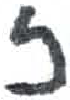
אות: ז